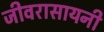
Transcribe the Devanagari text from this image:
जीवरासायनी